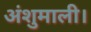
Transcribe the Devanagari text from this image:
अंशुमाली।